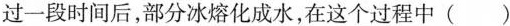
过一段时间后，部分冰熔化成水，在这个过程中( )